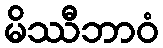
မိဿီဘာဝံ